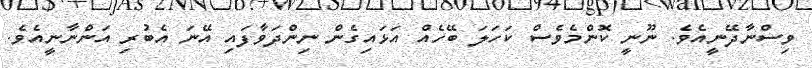
ވިސްނާދޭނީއެވެ. ނޫނީ ކޮންމެވެސް ކަހަލަ ބޭހެއް އަޅައިގެން ނިންދަވާފައި އޭނަ އެބުރި އަންނާނީއެވެ.